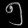
Digit: ၅